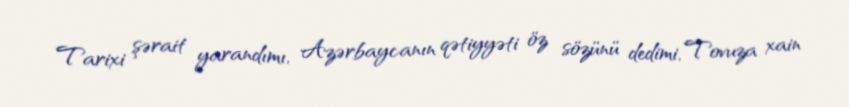
Tarixi şərait yarandımı, Azərbaycanın qətiyyəti öz sözünü dedimi, Tovuza xain